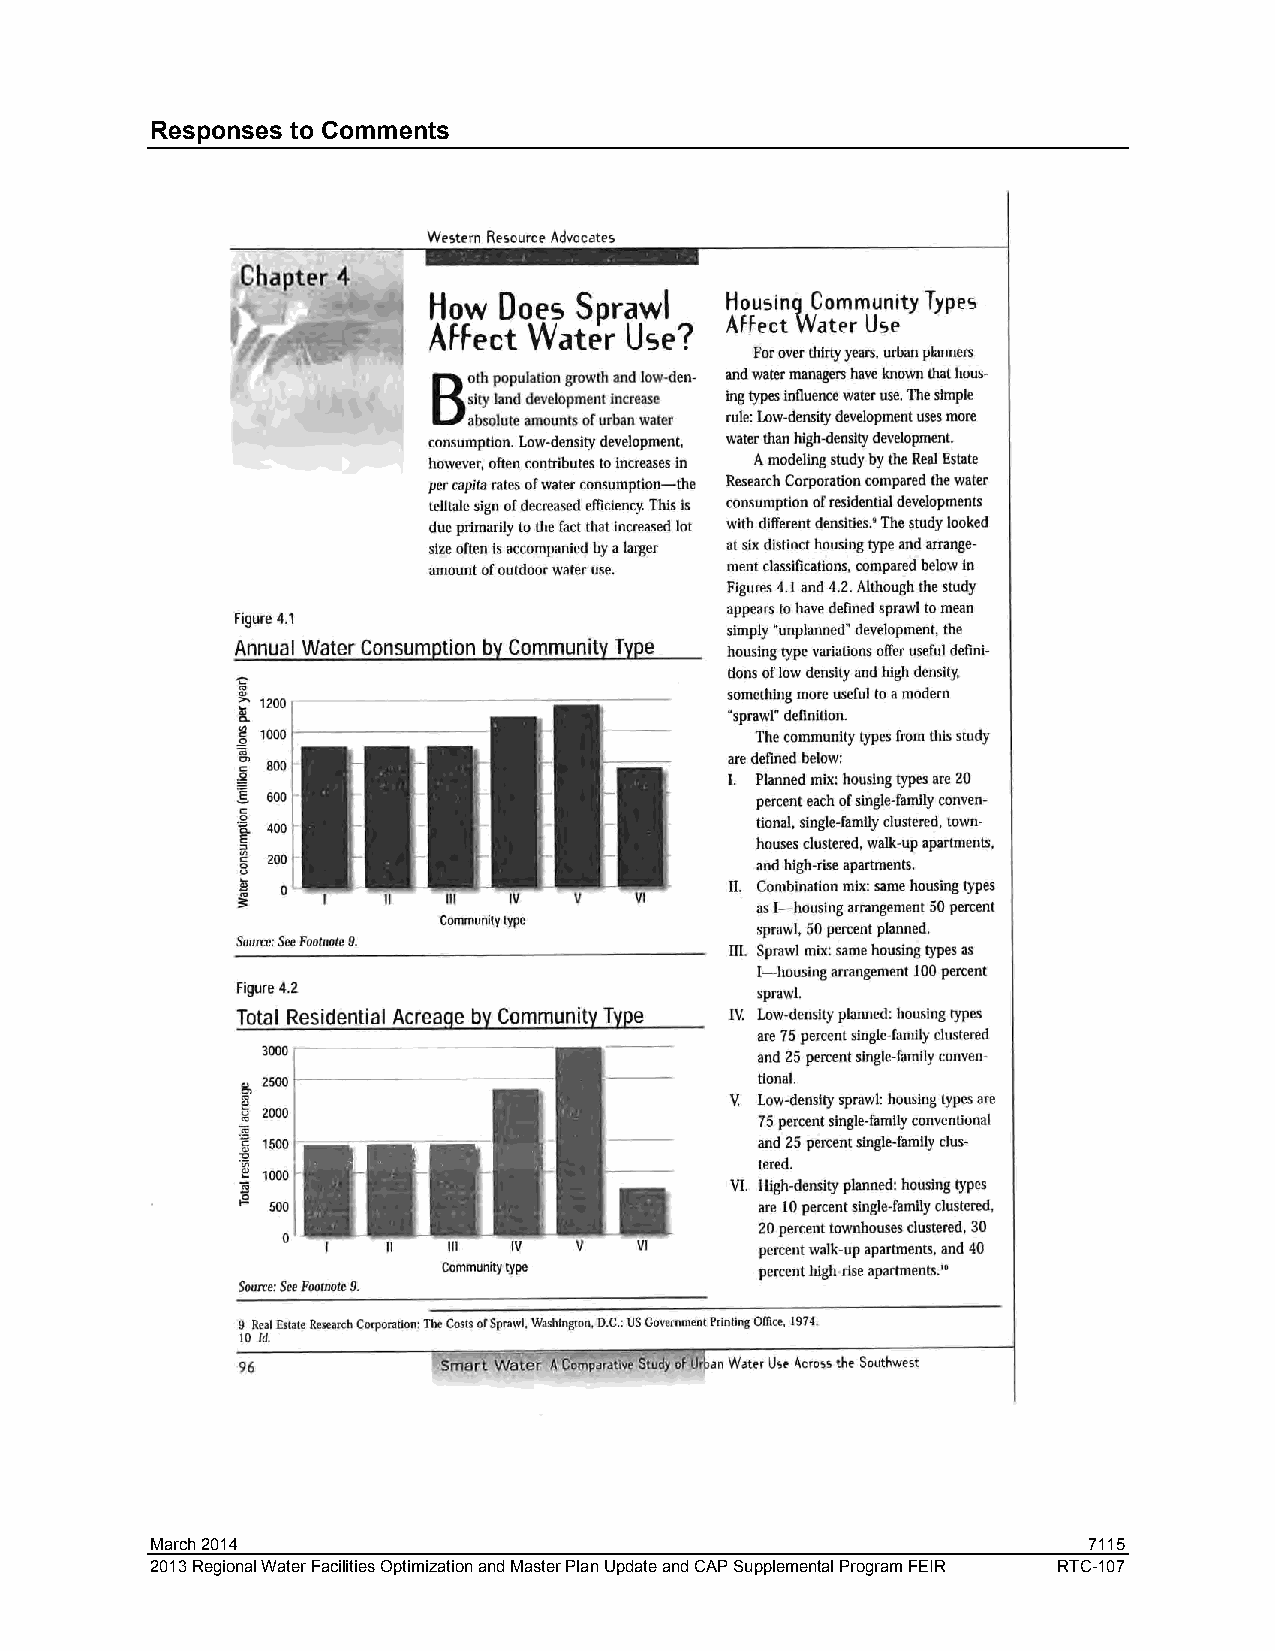
Responses to Comments
 March 2014                                                    7115
 2013 Regional Water Facilities Optimization and Master Plan Update and CAP Supplemental Program FEIR RTC-107